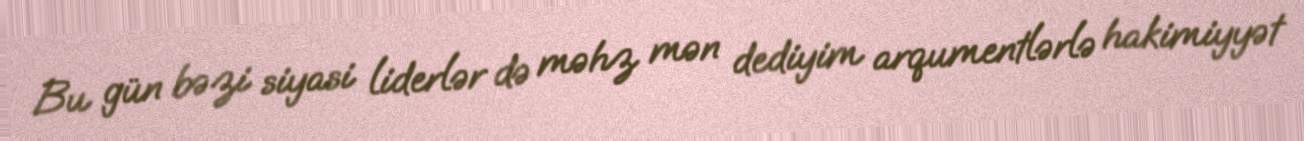
Bu gün bəzi siyasi liderlər də məhz mən dediyim arqumentlərlə hakimiyyət